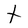
Character: t